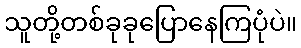
သူတို့တစ်ခုခုပြောနေကြပုံပဲ။